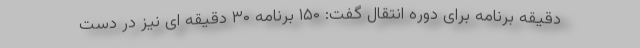
دقیقه برنامه برای دوره انتقال گفت: ۱۵۰ برنامه ۳۰ دقیقه ای نیز در دست